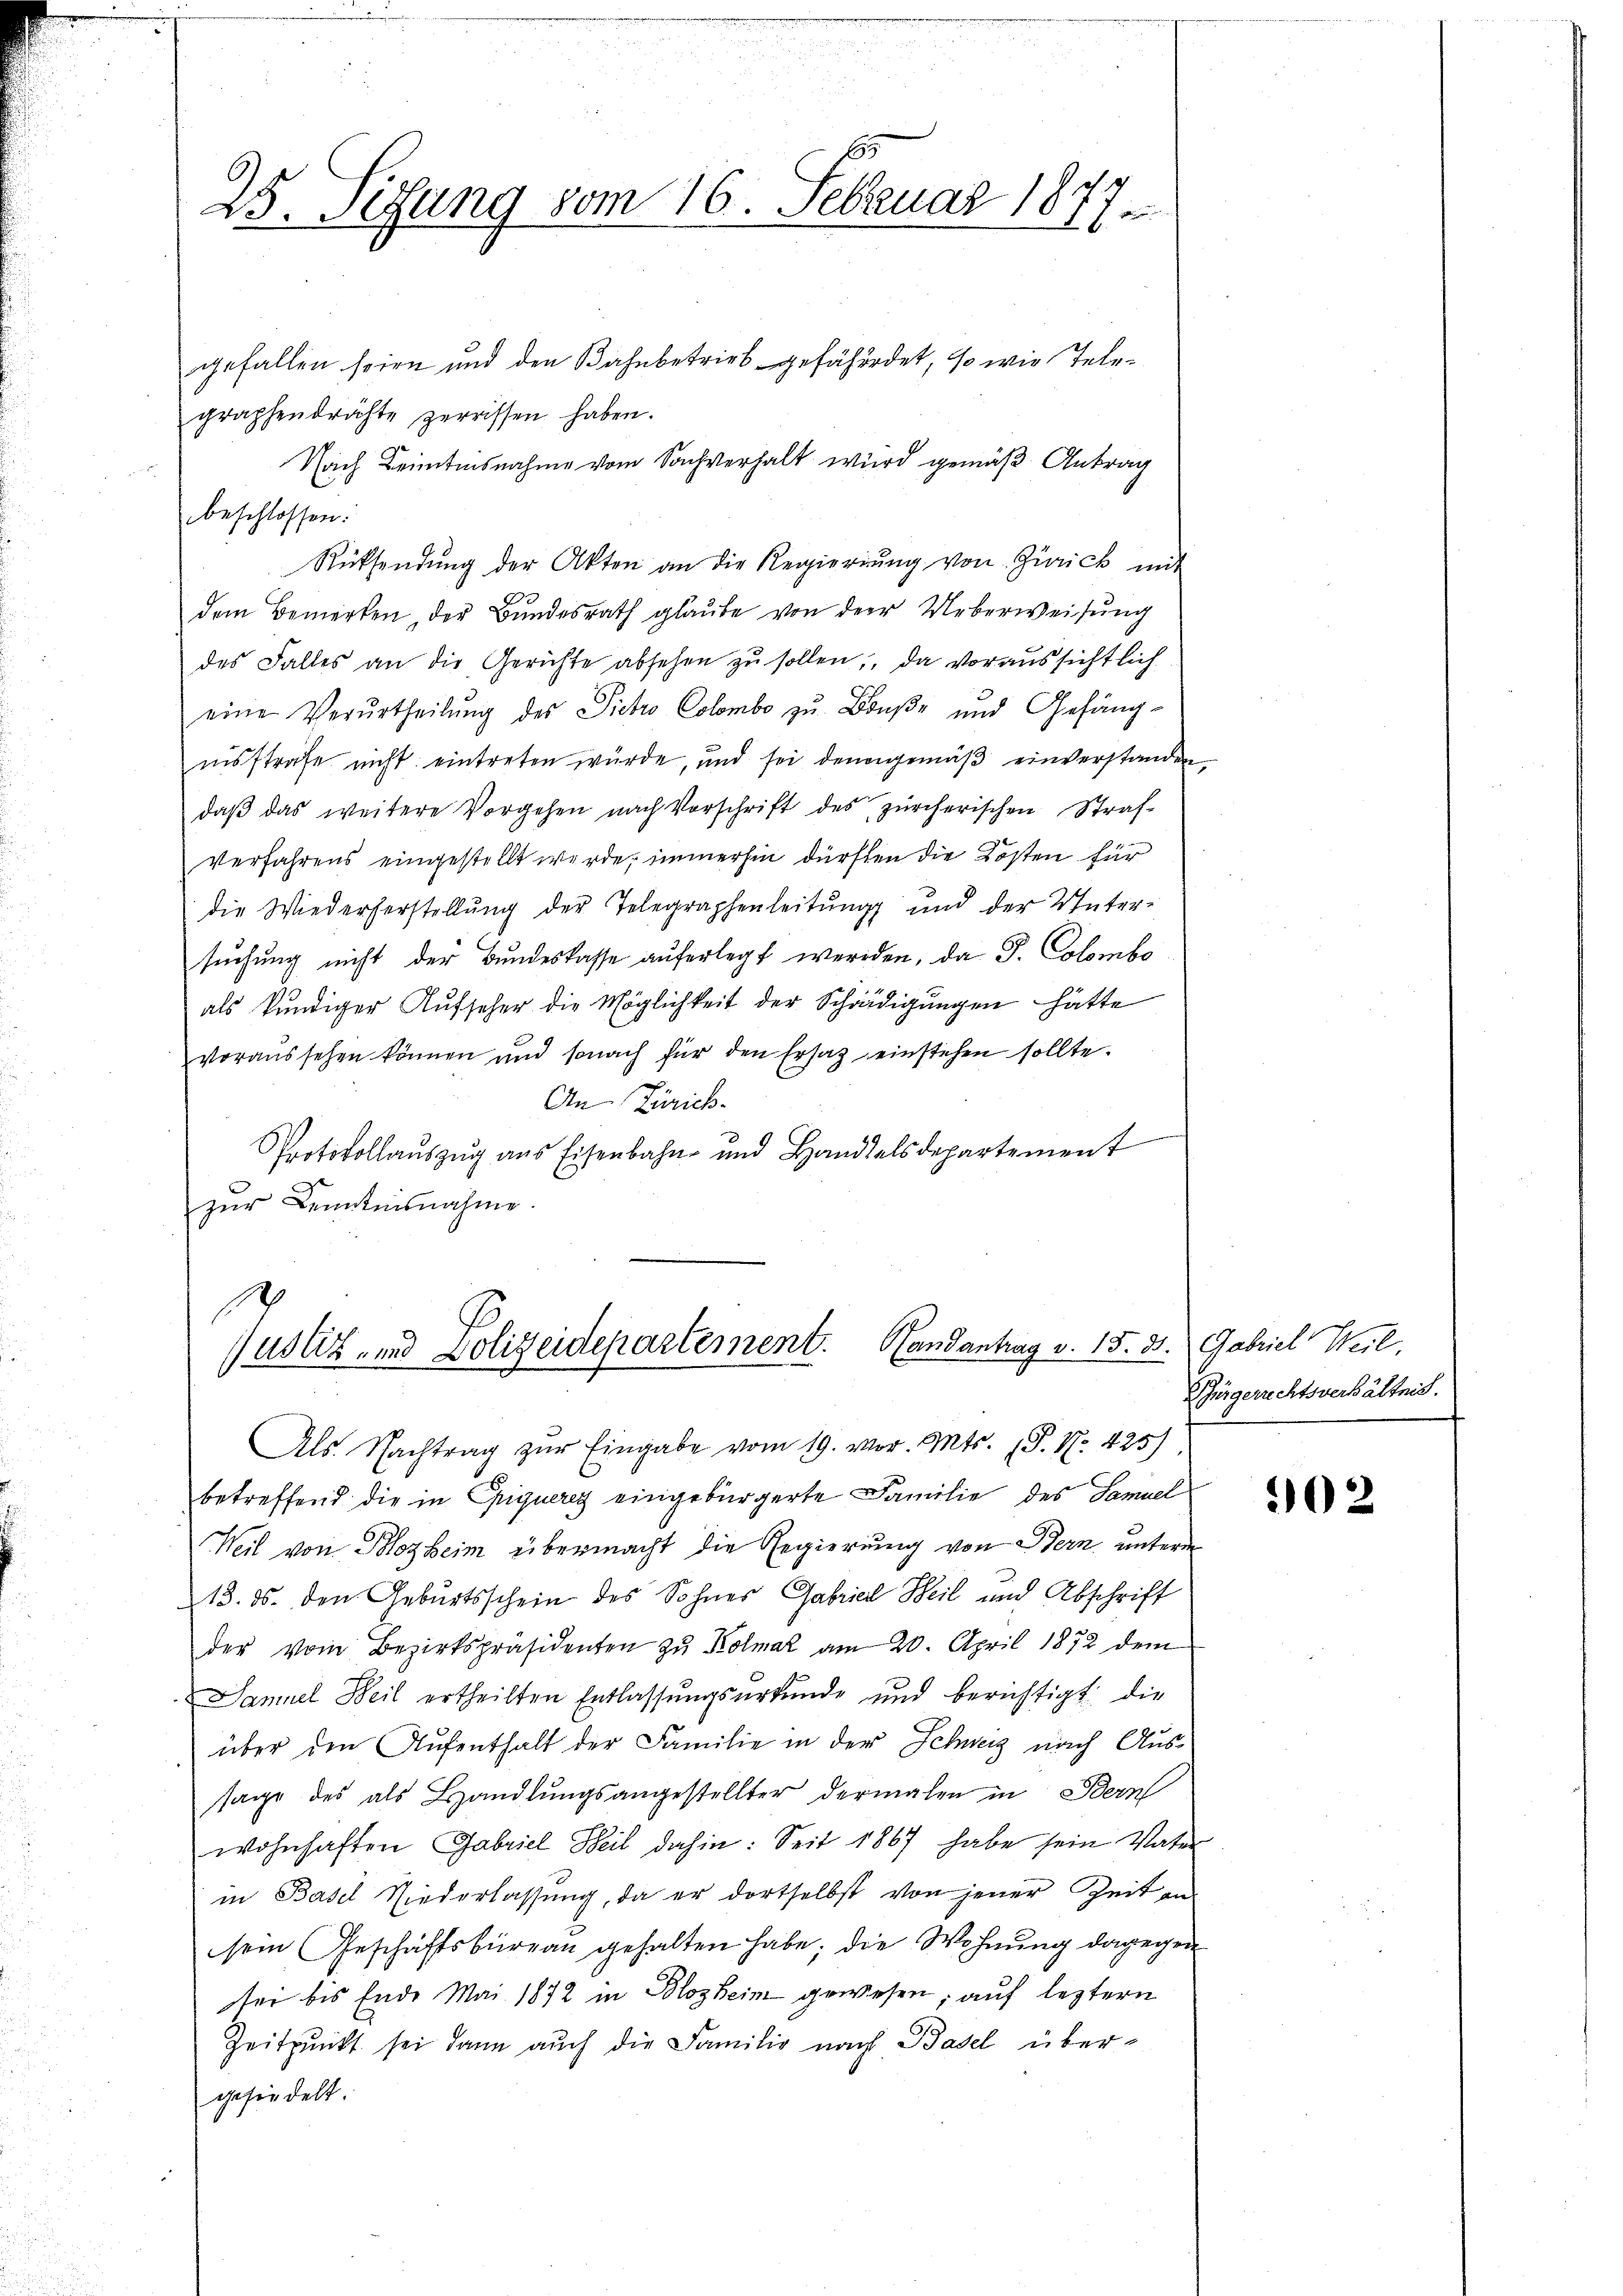
25. Sedung vom 16. Februar 1877.

gefallen seien und den Bahnbetrieb gefährdet, so wie Telegraphendrichte zerrissen haben.
Nach Leitensnahme vom Sachverhalt wird gemäß Antrag
beschlossen:
Rücksendŭng der Akten an die Regierŭng von Zürick mit
dem Bemerken, der Bundesrath glaube von der Ueberweisung
des Falles an die Gerichte absehen zŭ sollen; da voraussichtlich
eine Verurtheilung des Pietro Colombe zu Buße und Gefängnisstrafe nicht eintreten würde, und sei denn gemäß einverstanden
daβ das weitere Vorgehen nach Vorschrift des zürcherischen Straf-
Verfahrens eingestellt werde, immerhin dürften die Kosten für
die Wiederherstellŭng der Telegraphenleitŭng und der Unter-
suchung nicht der Bundeskasse auferlegt werden, da P. Colombe
als kundiger Aŭfseher die Möglichkeit der Schädigungen hätte
voraussehen können und sonach für den Ersatz einstehen sollte.
An Zürich
Protokollauszug aus Eisenbahn- und Handelsdepartement
zur Kenntnisnahme

1
Justiz- und Polizeidepartement. Handantrag v. 15. 31. Gabriel Weil,

Als Nachtrag zŭr Eingabe vom 19. vor. Mts. S. Nr. 425)
betreffend die in Epiqueres eingebürgerte Familie des Samuel
Weil von Blozheim übermacht die Regierung von Bern, unterm
13. ds. den Geburtsschein des Sohnes Gabriel Heil und Abschrift
der vom Bezirkspräsidenten zu Kolmar am 20. April 1872 dem
Samuel Weil ertheilten Entlassŭngsurkunde und berichtigt die
über den Aufenthalt der Familie in der Schweiz nach Aus-
sage des als Handlŭngsangestellter dermalen in Bern
wohnhaften Gabriel Weil dahin: Seit 1867 habe sein Vater
in Basel Niederlassŭng, da er dortselbst von jener Zeit an
sein Geschäftsbüreau gehalten habe; die Wohnung dagegen
tei bis Ende Mai 1872 in Blozheim gewesen; auf leztern
Zeitpunkt sei dann auch die Familie nach Basel übergefindelt.

Bürgerrechtsverhältnis.

102